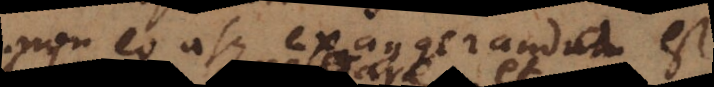
non eo usque exaggeranda est